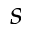
s